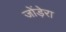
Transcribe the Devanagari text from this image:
जोंड़ेरा